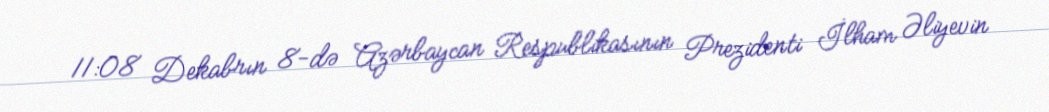
11:08 Dekabrın 8-də Azərbaycan Respublikasının Prezidenti İlham Əliyevin